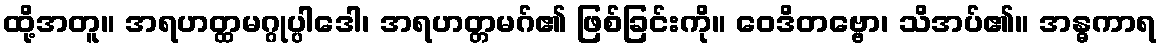
ထို့အတူ။ အရဟတ္ထမဂ္ဂုပ္ပါဒေါ၊ အရဟတ္တမဂ်၏ ဖြစ်ခြင်းကို။ ဝေဒိတဗ္ဗော၊ သိအပ်၏။ အန္ဓကာရ